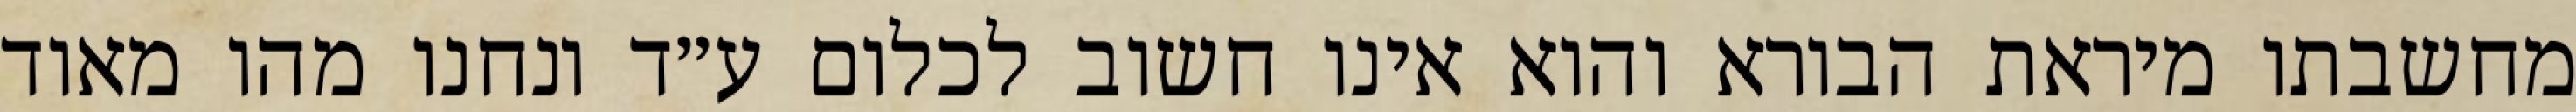
מחשבתו מיראת הבורא והוא אינו חשוב לכלום ע״ד ונחנו מהו מאוד